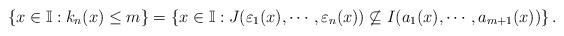
LaTeX: \begin{align*}\left\{x \in \mathbb{I}: k_n(x) \leq m\right\} = \left\{x \in \mathbb{I}: J(\varepsilon_1(x), \cdots, \varepsilon_n(x)) \not\subseteq I(a_1(x), \cdots, a_{m+1}(x))\right\}.\end{align*}